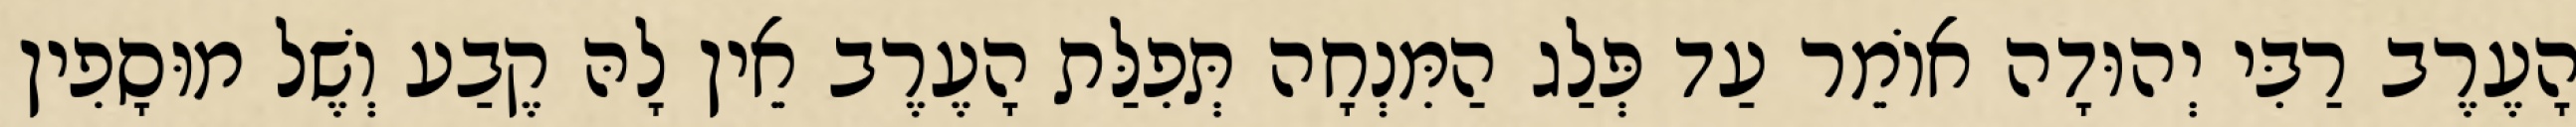
הָעֶרֶב רַבִּי יְהוּדָה אוֹמֵר עַד פְּלַג הַמִּנְחָה תְּפִלַּת הָעֶרֶב אֵין לָהּ קֶבַע וְשֶׁל מוּסָפִין